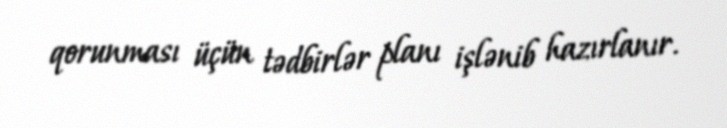
qorunması üçün tədbirlər planı işlənib hazırlanır.